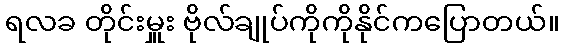
ရလခ တိုင်းမှူး ဗိုလ်ချုပ်ကိုကိုနိုင်ကပြောတယ်။